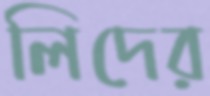
লিদের